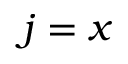
j = x